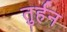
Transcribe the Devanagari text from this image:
तुर्हन